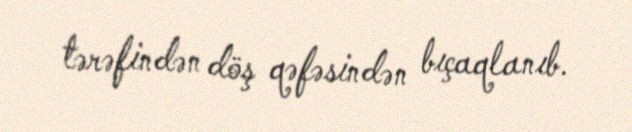
tərəfindən döş qəfəsindən bıçaqlanıb.